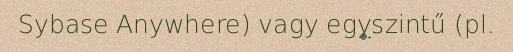
Sybase Anywhere) vagy egyszintű (pl.